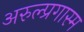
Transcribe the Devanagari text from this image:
अरुल्प्रगास्म